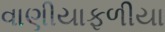
વાણીયાફળીયા